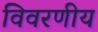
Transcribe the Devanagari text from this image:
विवरणीय